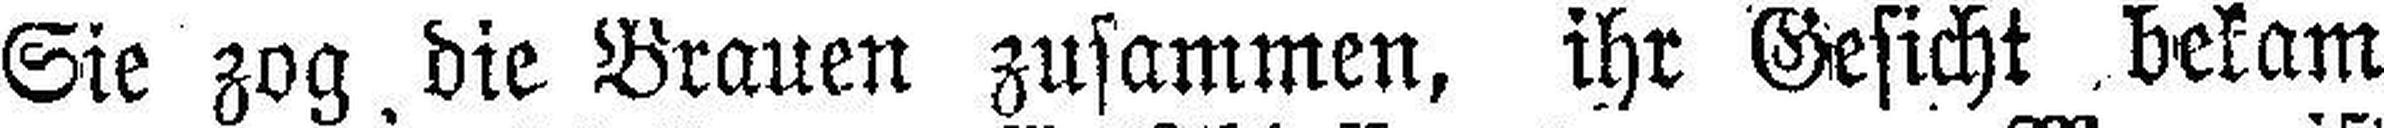
Sie zog die Brauen zusammen, ihr Gesicht bekam